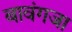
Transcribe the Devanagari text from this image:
बावंगजा